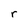
Character: r